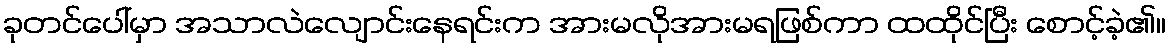
ခုတင်ပေါ်မှာ အသာလဲလျောင်းနေရင်းက အားမလိုအားမရဖြစ်ကာ ထထိုင်ပြီး စောင့်ခဲ့၏။